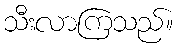
သီးလာကြသည်။